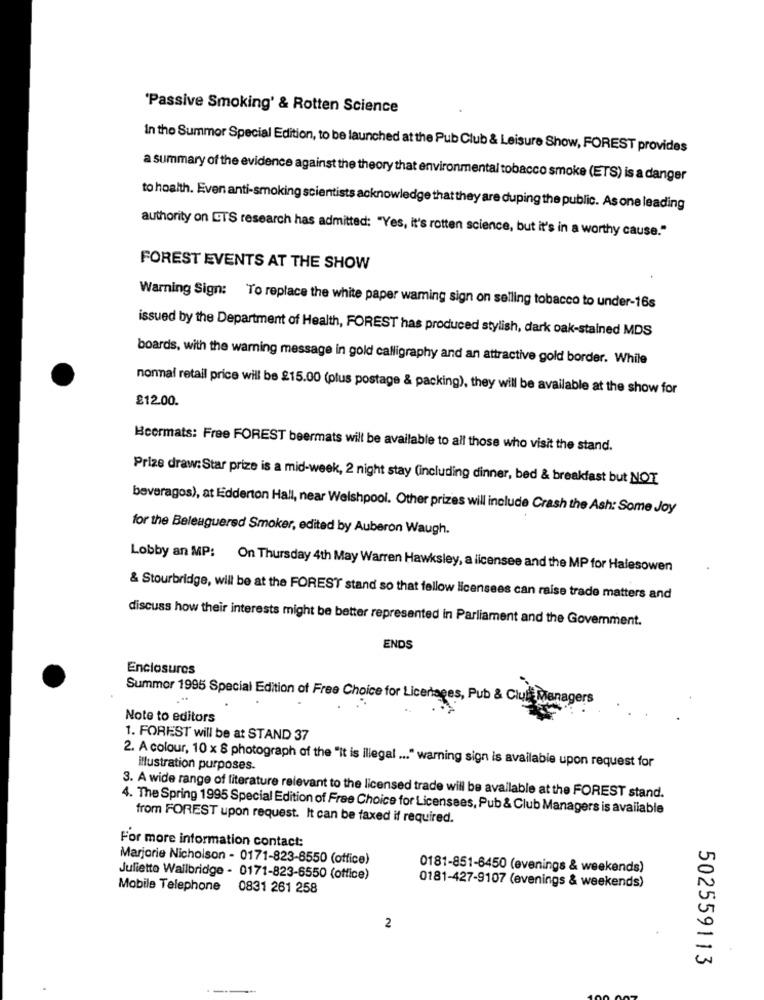
'Passive Smoking' & Rotten Science
In the Summer Special Edition, to be launched at the Pub Club & Leisure Show, FOREST provides
a summary of the evidence against the theory that environmental tobacco smoke (ETS) is a danger
to hoalth. Even anti-smoking scientists acknowledge that they are duping the public. As one leading
authority on ETS research has admitted: "Yes, it's rotten science, but it's in a worthy cause."
FOREST EVENTS AT THE SHOW
Warning Sign: To replace the white paper warning sign on selling tobacco to under-16s
issued by the Department of Health, FOREST has produced stylish, dark oak-stained MDS
boards, with the warning message in gold calligraphy and an attractive gold border. While
nonnal retail price will be 215.00 (plus postage & packing), they will be available at the show for
£12.00.
Beermats: Free FOREST beermats will be available to all those who visit the stand.
Prize draw:Star prize is a mid-week, 2 night stay (including dinner, bed & breakfast but NOT
beverages), at Edderton Hall, near Welshpool. Other prizes will include Crash the Ash: Some Joy
for the Beleaguered Smoker, edited by Auberon Waugh.
Lobby an MP: On Thursday 4th May Warren Hawksley, a licensee and the MP for Halesowen
& Stourbridge, will be at the FOREST stand so that fellow licensees can raise trade matters and
discuss how their interests might be better represented in Parliament and the Government.
ENDS
Enclosures
Summor 1995 Special Edition of Free Choice for Licertages, Pub & Clut Menage
Note to editors
1. FOREST will be at STAND 37
2. A colour, 10 x 8 photograph of the "It is illegal ... " warning sign is available upon request for
illustration purposes.
3. A wide range of literature relevant to the licensed trade will be available at the FOREST stand.
4. The Spring 1995 Special Edition of Free Choice for Licensees, Pub & Club Managers is available
from FOREST upon request. It can be faxed if required.
For more information contact:
Marjorie Nicholson - 0171-823-8550 (office)
0181-851-6450 (evenings & weekends)
Julietto Wallbridge - 0171-823-6550 (office)
Mobile Telephone 0831 261 258
0181-427-9107 (evenings & weekends)
2
502559113